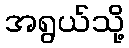
အရွယ်သို့